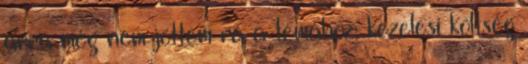
arra még nem jöttem rá a témához: kezelési költség